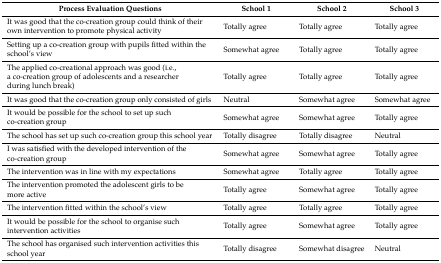
<table><thead><tr><td><b>Process Evaluation Questions</b></td><td><b>School 1</b></td><td><b>School 2</b></td><td><b>School 3</b></td></tr></thead><tbody><tr><td>It was good that the co-creation group could think of their own intervention to promote physical activity</td><td>Totally agree</td><td>Totally agree</td><td>Totally agree</td></tr><tr><td>Setting up a co-creation group with pupils fitted within the school’s view</td><td>Somewhat agree</td><td>Totally agree</td><td>Totally agree</td></tr><tr><td>The applied co-creational approach was good (i.e., a co-creation group of adolescents and a researcher during lunch break)</td><td>Totally agree</td><td>Totally agree</td><td>Totally agree</td></tr><tr><td>It was good that the co-creation group only consisted of girls</td><td>Neutral</td><td>Somewhat agree</td><td>Somewhat agree</td></tr><tr><td>It would be possible for the school to set up such co-creation group</td><td>Somewhat agree</td><td>Somewhat agree</td><td>Totally agree</td></tr><tr><td>The school has set up such co-creation group this school year</td><td>Totally disagree</td><td>Totally disagree</td><td>Neutral</td></tr><tr><td>I was satisfied with the developed intervention of the co-creation group</td><td>Somewhat agree</td><td>Somewhat agree</td><td>Totally agree</td></tr><tr><td>The intervention was in line with my expectations</td><td>Somewhat agree</td><td>Totally agree</td><td>Totally agree</td></tr><tr><td>The intervention promoted the adolescent girls to be more active</td><td>Totally agree</td><td>Somewhat agree</td><td>Totally agree</td></tr><tr><td>The intervention fitted within the school’s view</td><td>Totally agree</td><td>Totally agree</td><td>Totally agree</td></tr><tr><td>It would be possible for the school to organise such intervention activities</td><td>Totally agree</td><td>Somewhat agree</td><td>Totally agree</td></tr><tr><td>The school has organised such intervention activities this school year</td><td>Totally disagree</td><td>Somewhat disagree</td><td>Neutral</td></tr></tbody></table>